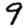
Digit: 9